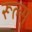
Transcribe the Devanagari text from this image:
रूल्स्